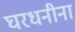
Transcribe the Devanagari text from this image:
घरधनीना